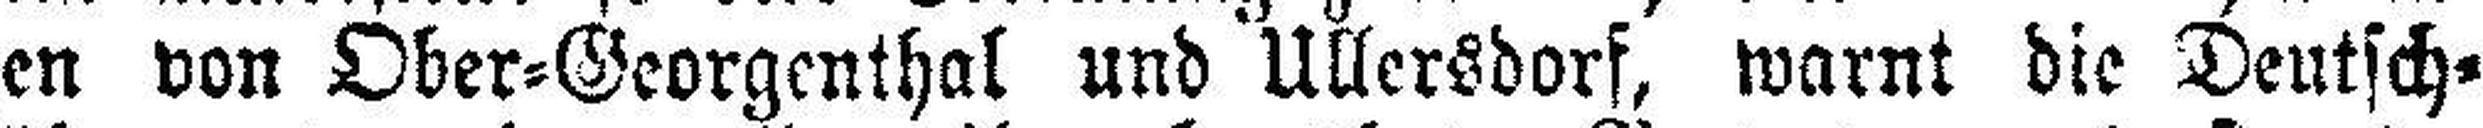
gen von Ober=Georgenthal und Ullersdorf, warnt die Deutsch¬